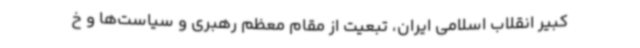
کبیر انقلاب اسلامی ایران، تبعیت از مقام معظم رهبری و سیاست‌ها و خ